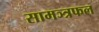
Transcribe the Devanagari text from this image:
सामञ्त्रफल